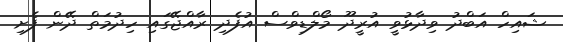
ޝައިހް އަބްދު ވިދާޅުވީ އުރީދޫ މޯލްޑިވްސް އުފެދި ރާއްޖޭގައި ހިދުމަތް ދޭން ފެށި